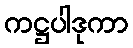
ကဋ္ဌပါဒုကာ